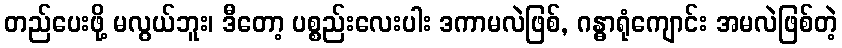
တည်ပေးဖို့ မလွယ်ဘူး၊ ဒီတော့ ပစ္စည်းလေးပါး ဒကာမလဲဖြစ်, ဂန္ဓာရုံကျောင်း အမလဲဖြစ်တဲ့